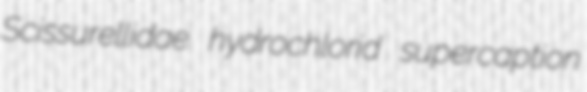
Scissurellidae hydrochlorid supercaption